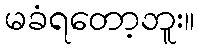
မခံရတော့ဘူး။